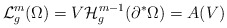
\begin{align*}\mathcal {L}^m_g(\Omega) = V \mathcal{H}^{m-1}_g (\partial^* \Omega) = A(V)\end{align*}